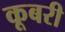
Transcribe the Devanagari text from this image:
कूबरी